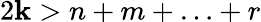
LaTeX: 2\mathbf{k}>n+m+\ldots+r